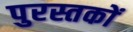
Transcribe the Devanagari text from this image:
पुरस्तकों